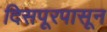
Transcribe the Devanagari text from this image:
दिसपूरपासून